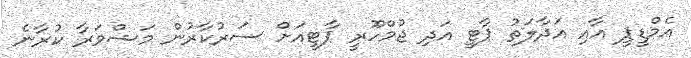
އެމްޑީޕީ އާއި އަދާލަތު ޕާޓީ އަދި ޖުމްހޫރީ ޕާޓީއަށް ސަރުކާރުން މަޝްވަރާ ކުރާނެ